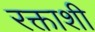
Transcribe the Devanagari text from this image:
रक्ताशी